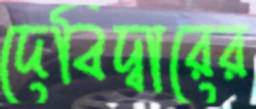
দেবিদ্বারের